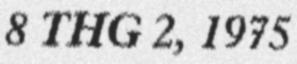
8 THG 2, 1975